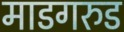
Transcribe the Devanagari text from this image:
माडगरुड